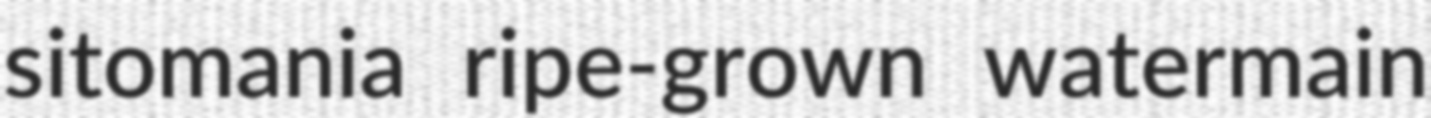
sitomania ripe-grown watermain